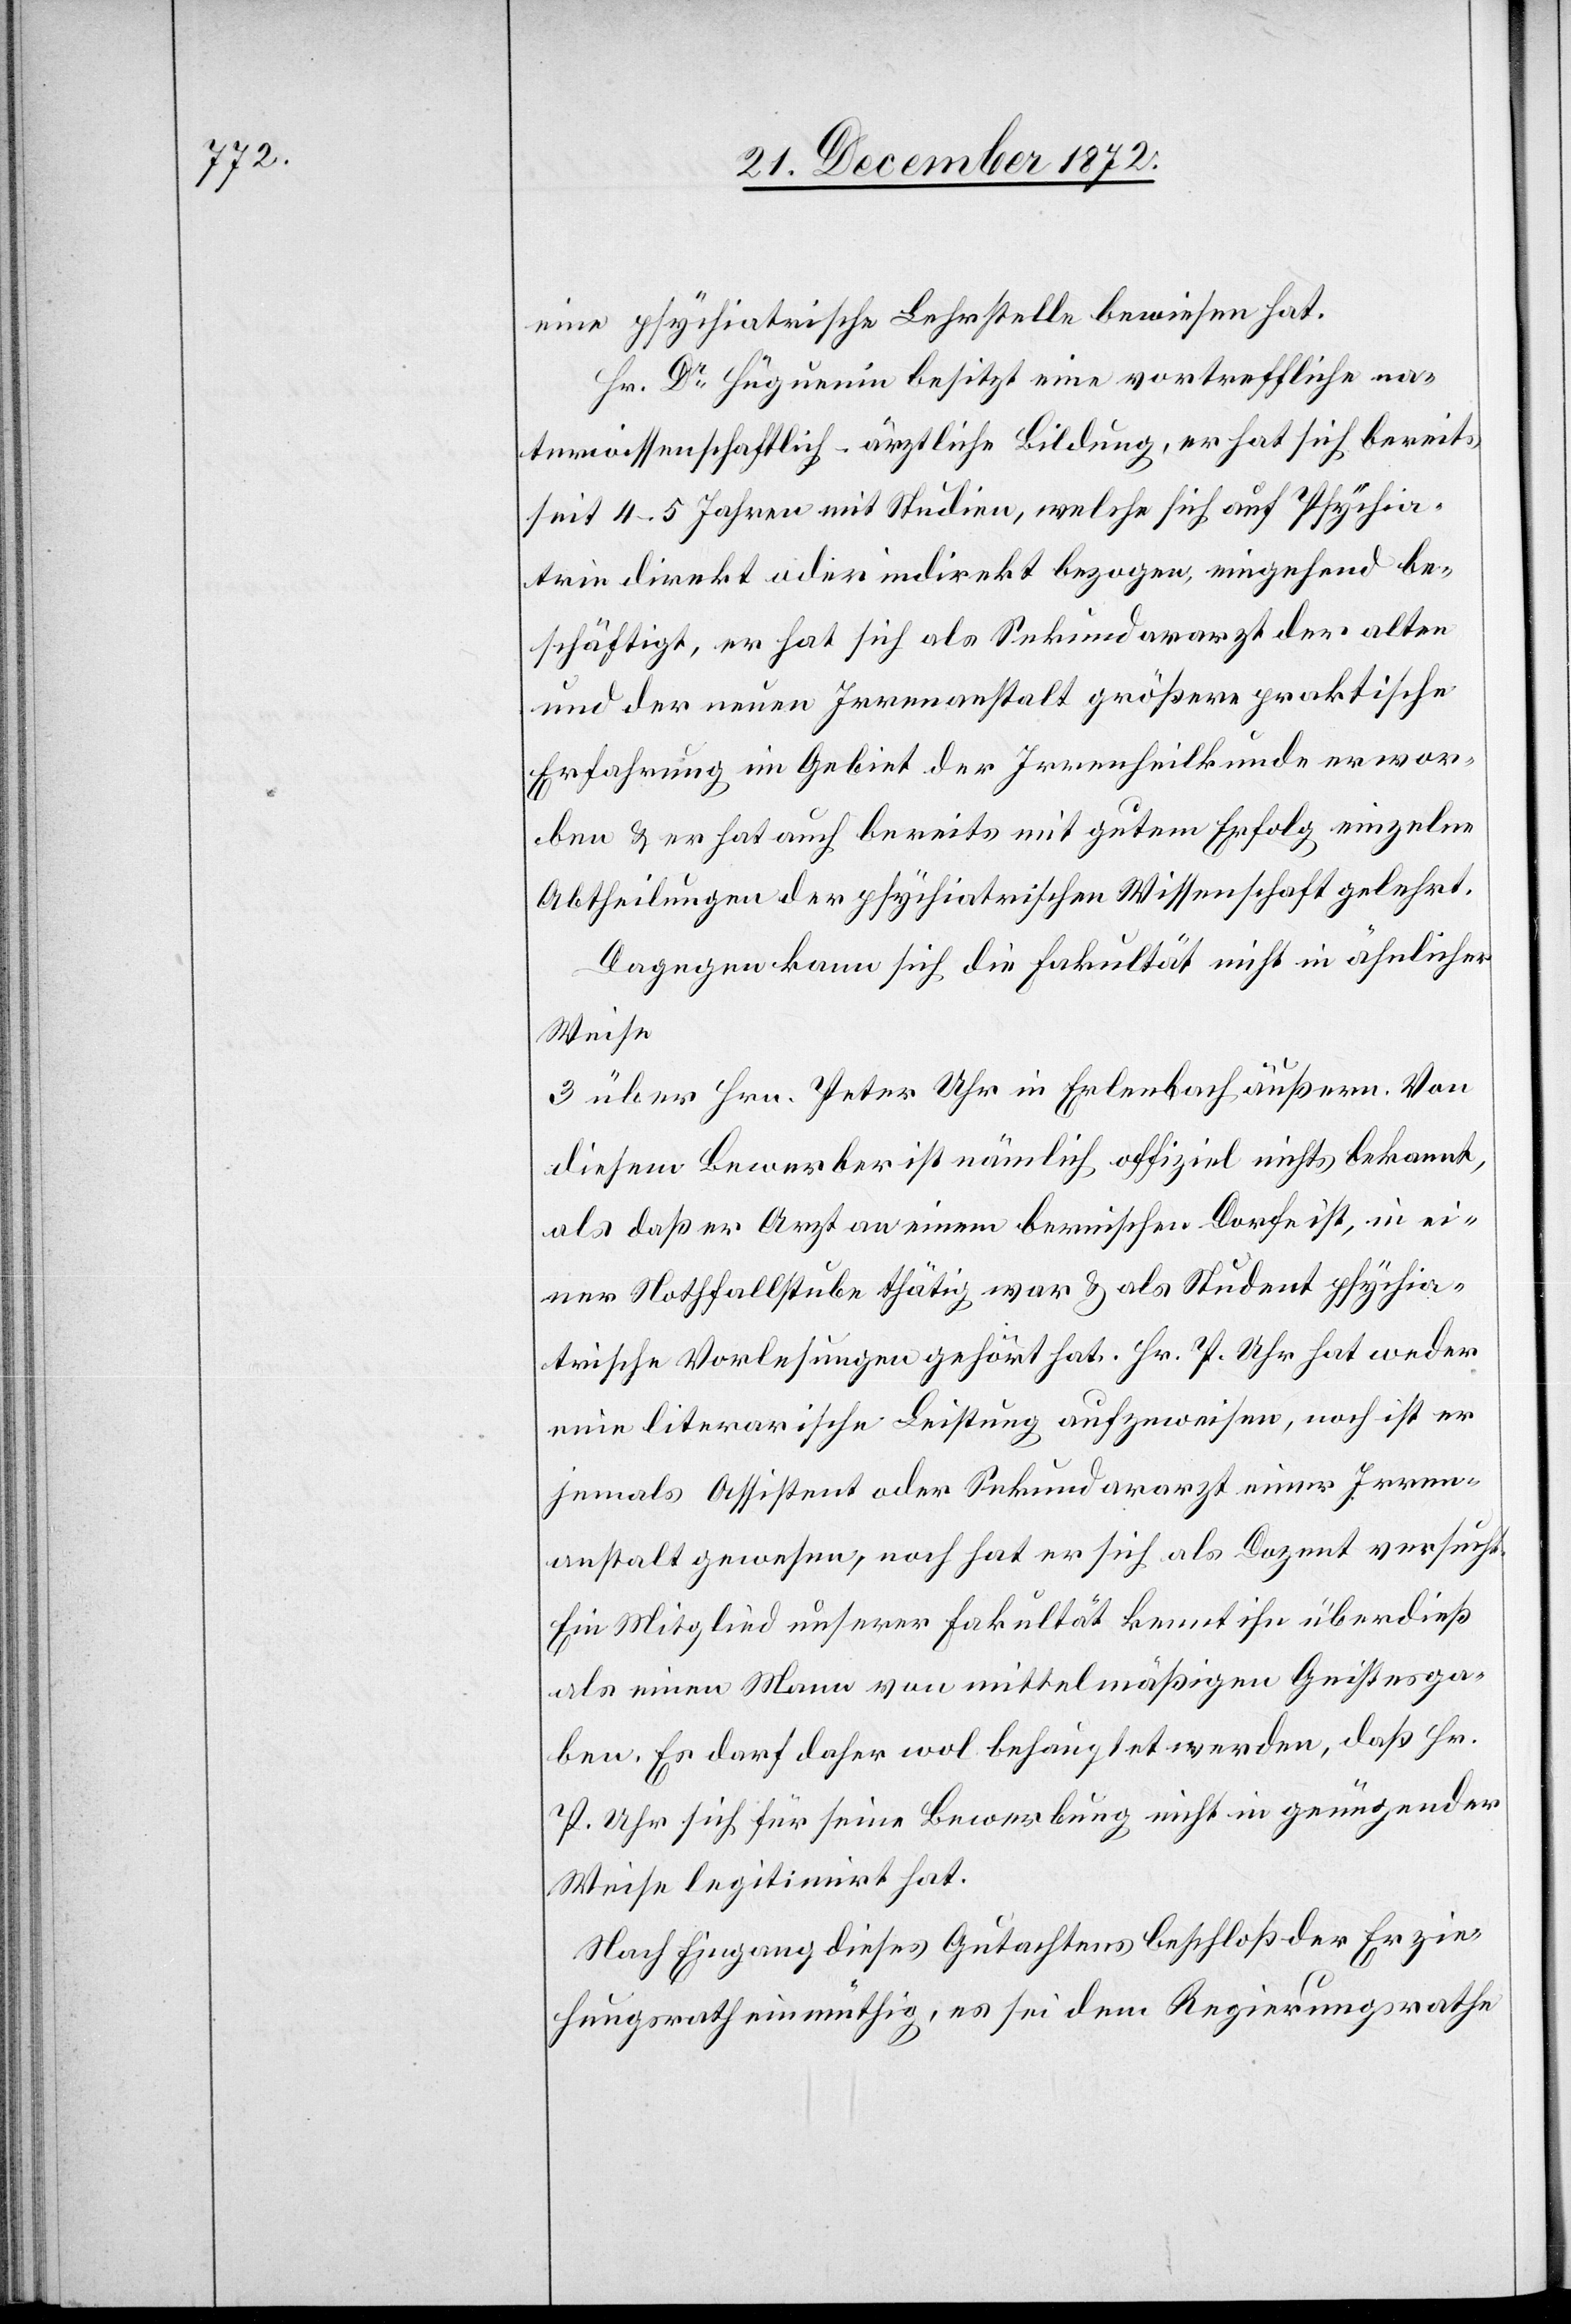
eine psychiatrische Lehrstelle bewiesen hat.
Hr. Dr Hüguenin besitzt eine vortreffliche na¬
turwissenschaftlich-ärztliche Bildung, er hat sich bereits
seit 4–5 Jahren mit Studien, welche sich auf Psychia¬
trie direkt oder indirekt bezogen, eingehend be¬
schäftigt, er hat sich als Sekundararzt der alten
und der neuen Irrenanstalt größere praktische
Erfahrung im Gebiet der Irrenheilkunde erwor¬
ben u. er hat auch bereits mit gutem Erfolg einzelne
Abtheilungen der psychiatrischen Wissenschaft gelehrt.
Dagegen kann sich die Fakultät nicht in ähnlicher
Weise
über Hrn. Peter Uhr in Erlenbach äußern. Von
diesem Bewerber ist nämlich offiziel nichts bekannt,
als daß er Arzt an einem bernischen Dorfe ist, in ei¬
ner Nothfallsstube thätig war u. als Student psychia¬
trische Vorlesungen gehört hat. Hr. P. Uhr hat weder
eine literarische Leistung aufzuweisen, noch ist er
jemals Assistent oder Sekundararzt einer Irren¬
anstalt gewesen, noch hat er sich als Dozent versucht.
Ein Mitglied unserer Fakultät kennt ihn überdieß
als einen Mann von mittelmäßigen Geistesga¬
ben. Es darf daher wol behauptet werden, daß Hr.
P. Uhr sich für seine Bewerbung nicht in genügender
Weise legitimirt hat.
Nach Eingang dieses Gutachtens beschloß der Erzie¬
hungsrath einmüthig, es sei dem Regierungsrathe